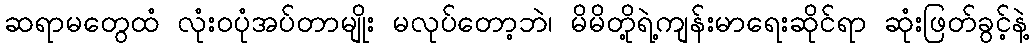
ဆရာမတွေထံ လုံးဝပုံအပ်တာမျိုး မလုပ်တော့ဘဲ၊ မိမိတို့ရဲ့ကျန်းမာရေးဆိုင်ရာ ဆုံးဖြတ်ခွင့်နဲ့